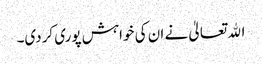
اﷲ تعالیٰ نے ان کی خواہش پوری کردی۔